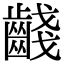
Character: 𪘪